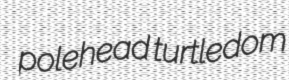
polehead turtledom